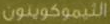
الثيموكوينون